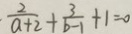
\cdot \frac { 2 } { a + 2 } + \frac { 3 } { b - 1 } + 1 = 0